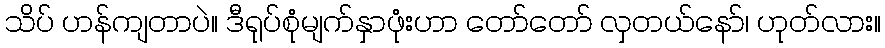
သိပ် ဟန်ကျတာပဲ။ ဒီရုပ်စုံမျက်နှာဖုံးဟာ တော်တော် လှတယ်နော်၊ ဟုတ်လား။